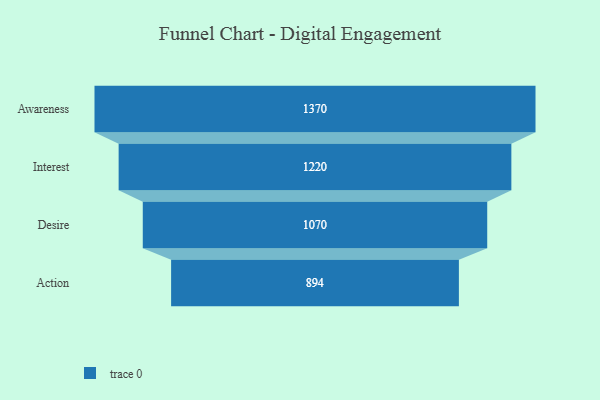
{"axis": {"x": "Stage", "y": "Value"}, "legend": [""], "data": [{"x": "Awareness", "y": 1370.0, "type": ""}, {"x": "Interest", "y": 1220.0, "type": ""}, {"x": "Desire", "y": 1070.0, "type": ""}, {"x": "Action", "y": 894.0, "type": ""}]}